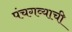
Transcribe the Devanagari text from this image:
पंचगव्याची